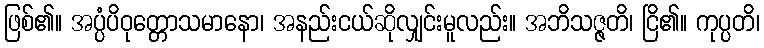
ဖြစ်၏။ အပ္ပံပိဝုတ္တောသမာနော၊ အနည်းငယ်ဆိုလျှင်းမူလည်း။ အဘိသဇ္ဇတိ၊ ငြိ၏။ ကုပ္ပတိ၊